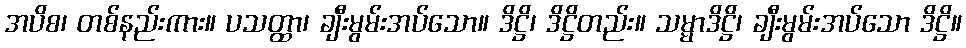
အပိစ၊ တစ်နည်းကား။ ပသတ္ထာ၊ ချီးမွမ်းအပ်သော။ ဒိဋ္ဌိ၊ ဒိဋ္ဌိတည်း။ သမ္မာဒိဋ္ဌိ၊ ချီးမွမ်းအပ်သော ဒိဋ္ဌိ။